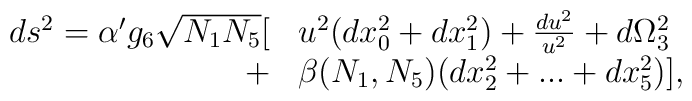
\begin{array}{rl}ds^2= \alpha^\prime g_6 \sqrt{N_1N_5} [ & u^2 (dx_0^2+dx_1^2)+{du^2\over u^2}+d\Omega_3^2 \\ \nonumber + &\beta(N_1,N_5)(dx_2^2+...+dx_5^2)],\end{array}